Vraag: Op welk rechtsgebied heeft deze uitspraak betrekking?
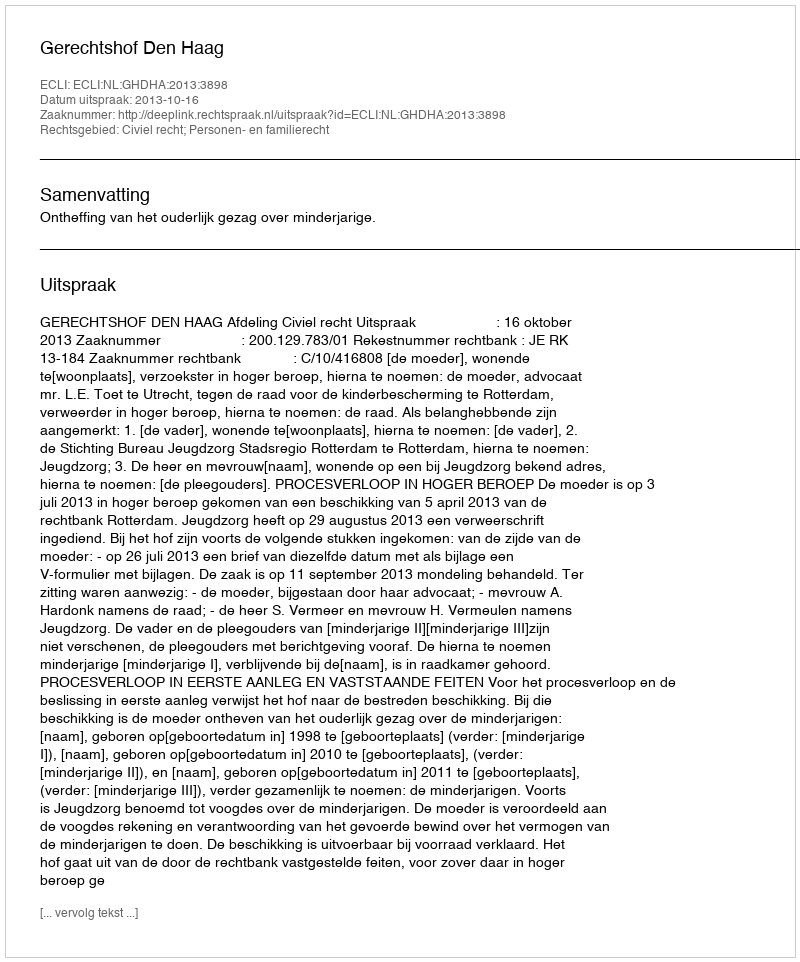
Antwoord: Civiel recht; Personen- en familierecht